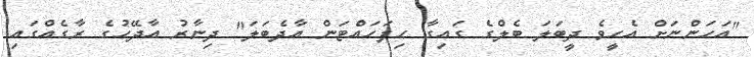
"އަހަންނަށް އެހީވެ ދީބަލަ ބެލްގެ ގައިގާ ހިފަހައްޓަން އާދެބަލަ" ދިނާރު އާދޭހުގެ ރާގެއްގައި